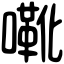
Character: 㗾